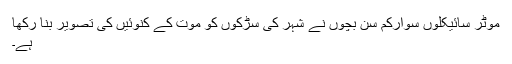
موٹر سائیکلوں سوارکم سن بچوں نے شہر کی سڑکوں کو موت کے کنوئیں کی تصویر بنا رکھا
ہے۔